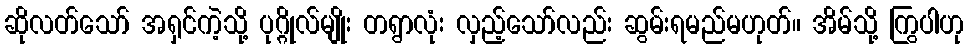
ဆိုလတ်သော် အရှင်ကဲ့သို့ ပုဂ္ဂိုလ်မျိုး တရွာလုံး လှည့်သော်လည်း ဆွမ်းရမည်မဟုတ်။ အိမ်သို့ ကြွပါဟု